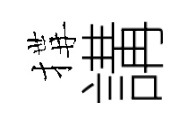
搆講